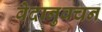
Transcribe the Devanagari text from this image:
वेदानुवचन